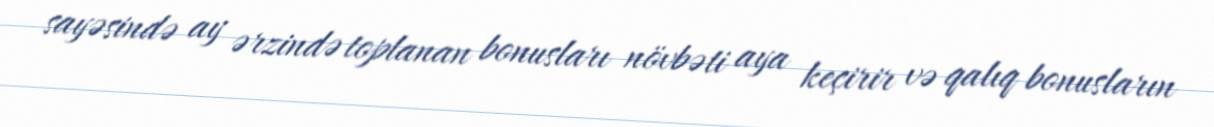
sayəsində ay ərzində toplanan bonusları növbəti aya keçirir və qalıq bonusların